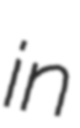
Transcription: in